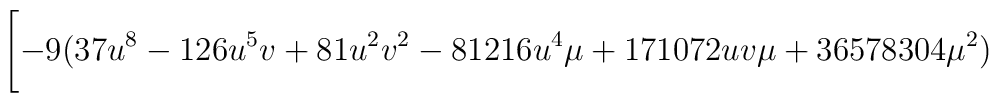
\Biggl[	-9(37u^8 -126u^5 v+81u^2 v^2 -81216u^4 \mu +171072uv\mu +      	36578304{\mu}^2 )